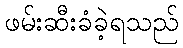
ဖမ်းဆီးခံခဲ့ရသည်